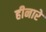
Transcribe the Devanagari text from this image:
हीनारे